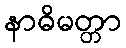
နာဓိမတ္တာ